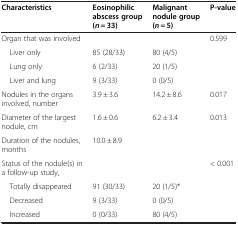
| Characteristics | Eosinophilic abscess group (n = 33) | Malignant nodule group (n = 5) | P-value |
 | --- | --- | --- | --- |
 | Organ that was involved |  |  | 0.599 |
 | Liver only | 85 (28/33) | 80 (4/5) | <ROWSPAN=3>  |
 | Lung only | 6 (2/33) | 20 (1/5) |
 | Liver and lung | 9 (3/33) | 0 (0/5) |
 | Nodules in the organs involved, number | 3.9 ± 3.6 | 14.2 ± 8.6 | 0.017 |
 | Diameter of the largest nodule, cm | 1.6 ± 0.6 | 6.2 ± 3.4 | 0.013 |
 | Duration of the nodules, months | 10.0 ± 8.9 |  |  |
 | Status of the nodule(s) in a follow-up study, |  |  | < 0.001 |
 | Totally disappeared | 91 (30/33) | 20 (1/5)* | <ROWSPAN=2>  |
 | Decreased | 9 (3/33) | 0 (0/5) |
 | Increased | 0 (0/33) | 80 (4/5) |  |